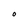
Character: O